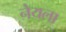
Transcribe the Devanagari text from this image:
नेयला